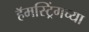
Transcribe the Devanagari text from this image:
हॅमस्ट्रिंगच्या